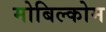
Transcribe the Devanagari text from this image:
मोबिल्कोम